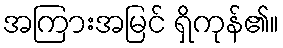
အကြားအမြင် ရှိကုန်၏။